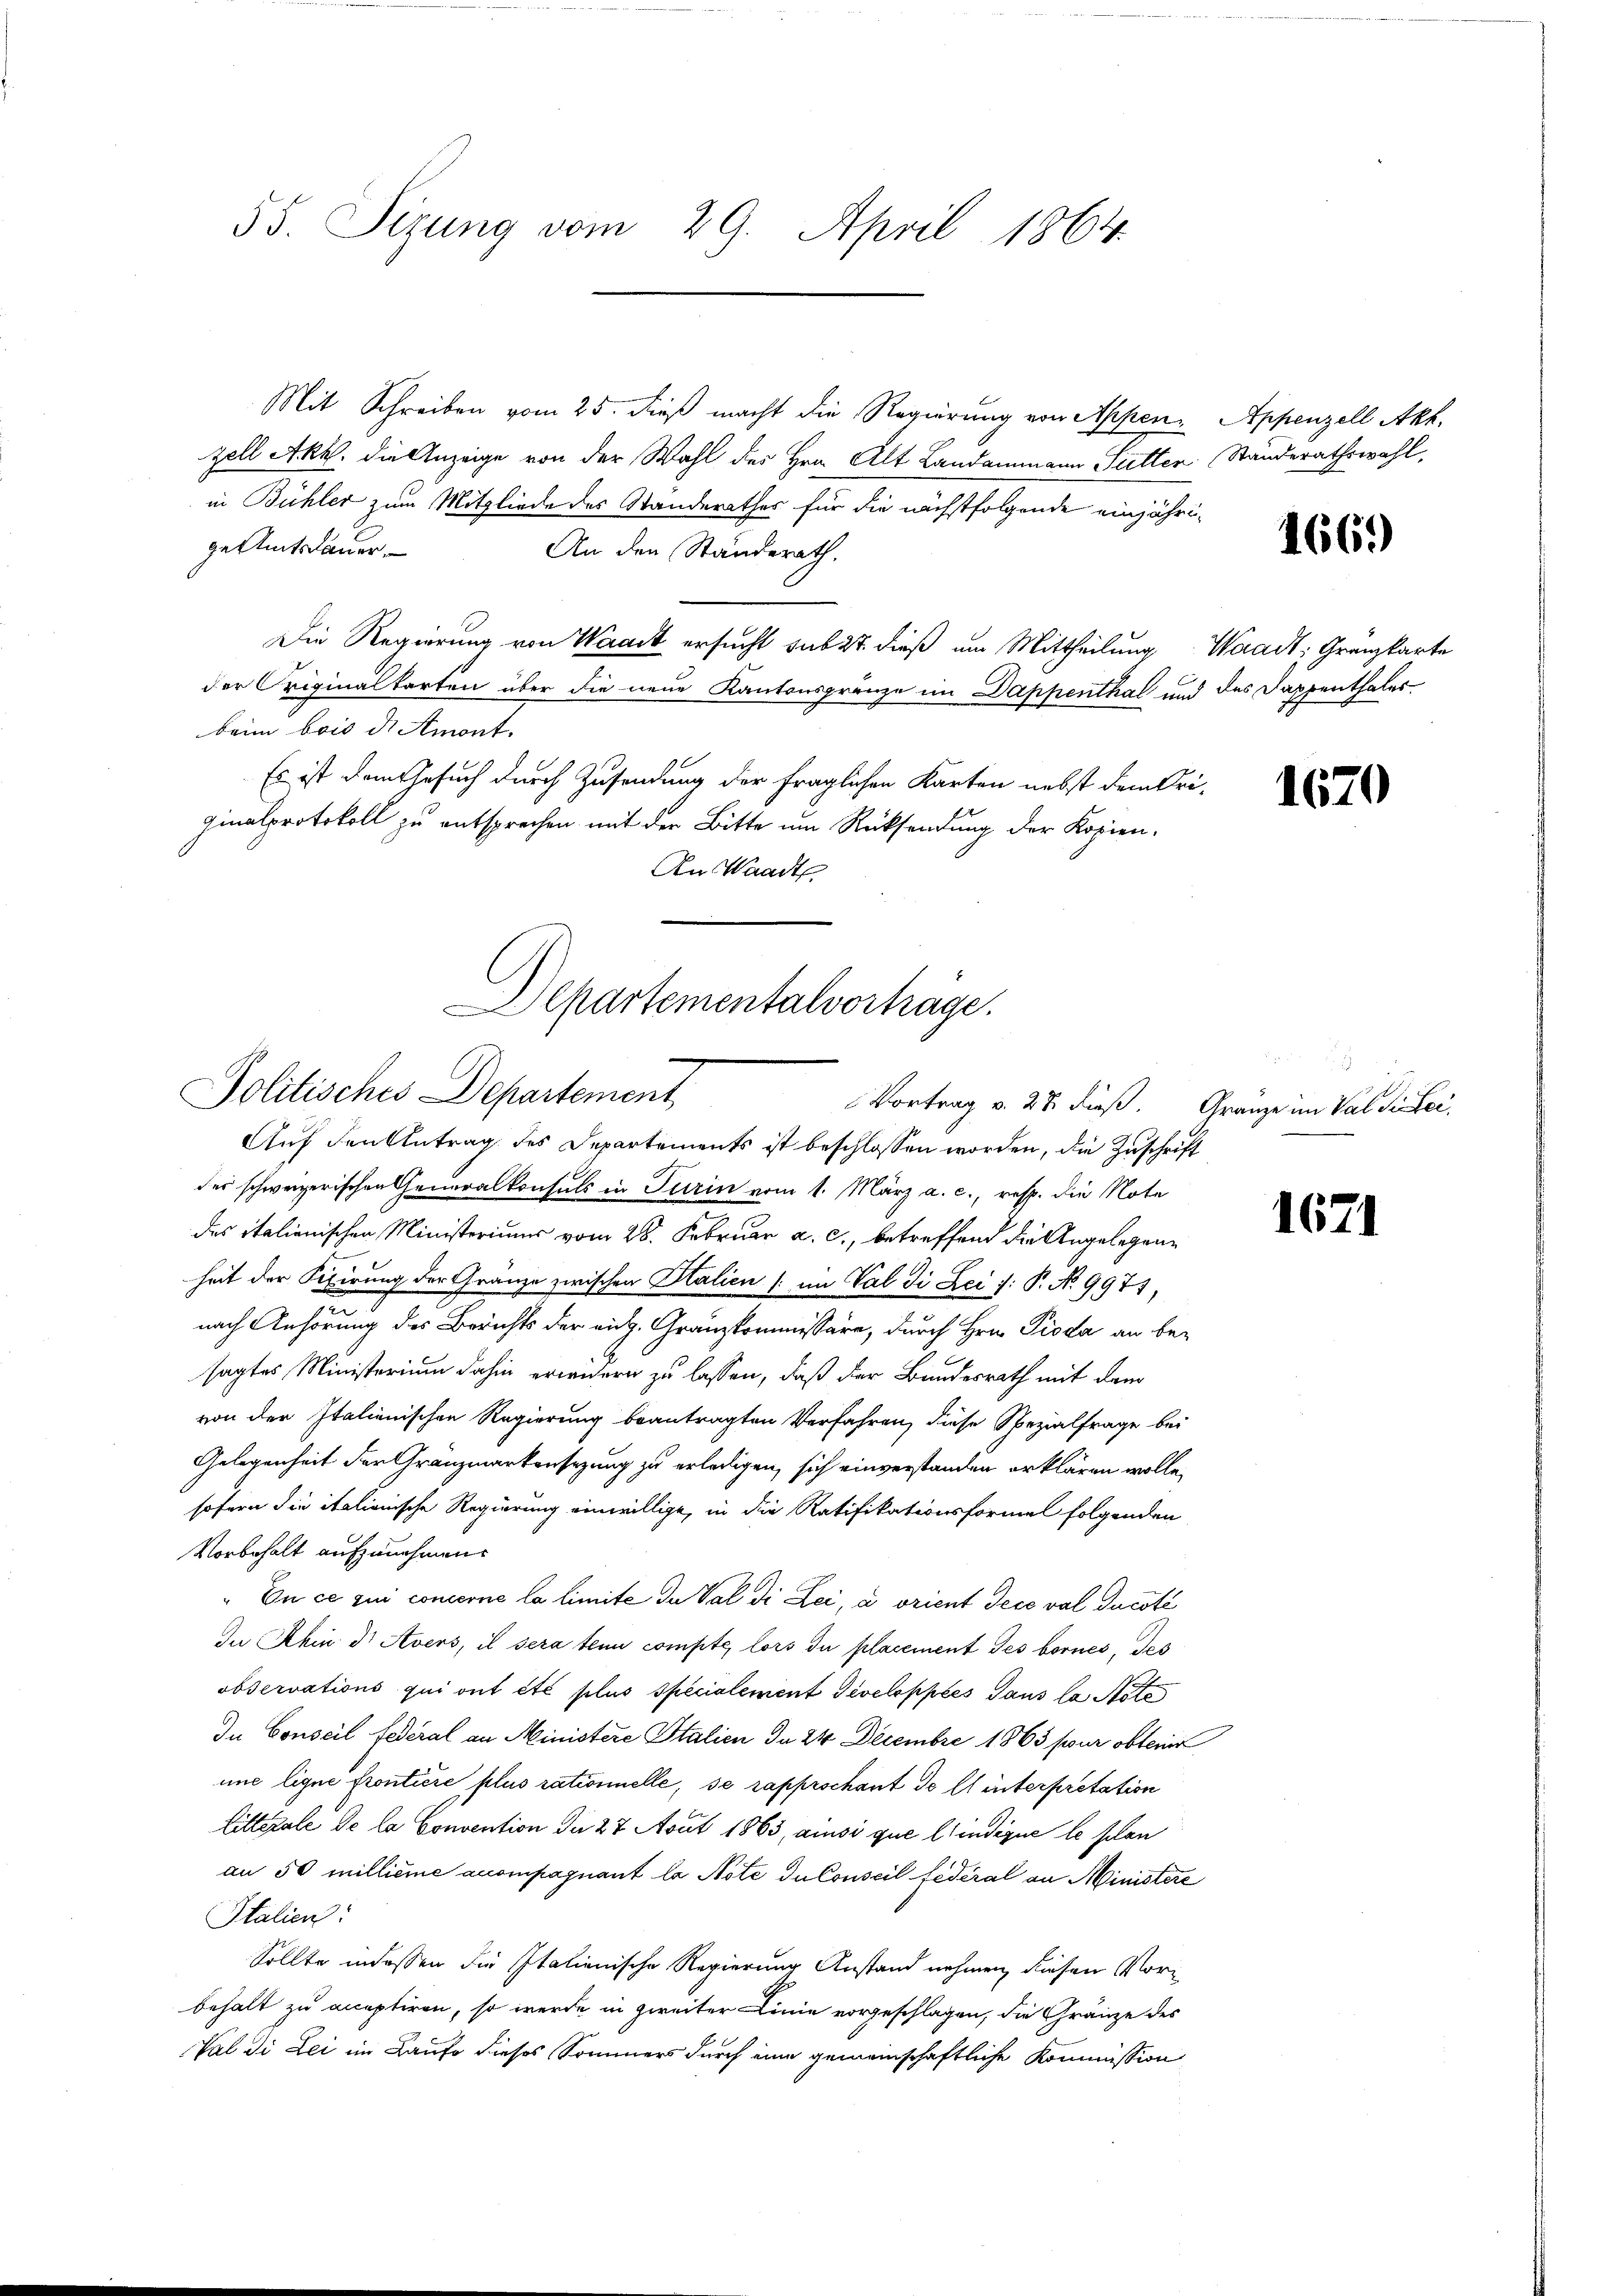
55. Sizung vom 29. April 1864.

Mit Schreiben vom 25. dieß macht die Regierung von Appen- Appenzell Akt.
zell Akk. die Anzeige von der Wahl des Hrn. Alt Landammann Futter Standerathswahl,
in Bühler zum Mitgliede des Standerathes für die nächstfolgende einjährige Amtsdauer
An den Standerath.
Die Regierung von Waadt ersucht sub 27. dieß um Mittheilung Waadt, Gränzkarte
der Originaltarten über die neue Kantonsgränze im Dappenthal und des Sappenthales
beim bois d. Amont.
Es ist dem Gesuch durch Zusendung der fraglichen Karten nebst dem Uriginalprotokoll zu entsprechen mit der Bitte um Rücksendung der Kopien-
An Waadt

Alpartementalvortrage.
Politisches Departement
Vortrag v. 28 dieß. Gränze im Val difei¬

Auf den Antrag des Departements ist beschlossen worden, die Zuschrift
der schweizerischen Generalkonsuls in Turin vom 1. März a. c., resp. die Note
des italionischen Ministeriums vom 28. Februar a. c., betreffend die Angelegenheit der Referung der Gränze zwischen Stalien (: im Val di Lei /: P. No 9977,
nach Anhörung des Berichts der rich. Granzkommissäre, durch Hrn. Pioda an besagtes Ministerium dahin erwidern zu lassen, daß der Bundesrath mit dem
von der Italienischen Regierung beantragten Verfahren, diese Spezialfrage bei
Gelegenheit der Gränzmarkersezung zu erledigen, sich einverstanden erklären wolle,
sofern die italionische Regierung einwillige, in die Ratifikationsformel folgenden
Vorbehalt aufzunehmen.
„En ce zu concerne la limite du Val di Lei, a orient deceval ducati
In Khin dr Avers, il sera tenu compte lors du placement Jes bornes, des
observations qui ont été plus Specialement Gevelopples dans la tote
In Conseil Federal an Ministere Stalien da 24 Decembre 1863 pour obten
une ligne frontière plus rationnelle, se rapprschant de et interpretation
Litterale de la Convention de 27 Aout 1863, ansi que l’indique le schon
an 50 millieme accompagnant la Note du Conseil fédéral an Ministere
Italien:
Sollte in dessen die Italienische Regierung Anstand nehmen, diesen Vorbehalt zu acceptiren, so werde in zweiter Linie vorgeschlagen, die Gränze des
Val di Lei im Laufe dieses Sommers durch eine gemeinschaftliche Kommission

1669)

1670

1621